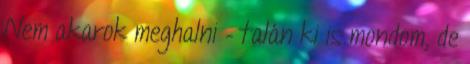
Nem akarok meghalni – talán ki is mondom, de